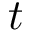
t